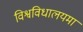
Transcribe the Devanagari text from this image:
विश्वविधालयमा